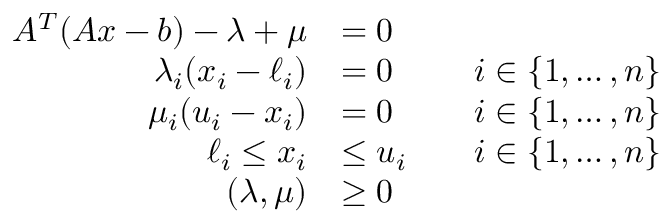
\begin{array} { r l r l } { A ^ { T } ( A x - b ) - \lambda + \mu } & { = 0 } \\ { \lambda _ { i } ( x _ { i } - \ell _ { i } ) } & { = 0 } & & { i \in \{ 1 , \ldots , n \} } \\ { \mu _ { i } ( u _ { i } - x _ { i } ) } & { = 0 } & & { i \in \{ 1 , \ldots , n \} } \\ { \ell _ { i } \leq x _ { i } } & { \leq u _ { i } } & & { i \in \{ 1 , \ldots , n \} } \\ { ( \lambda , \mu ) } & { \geq 0 } \end{array}